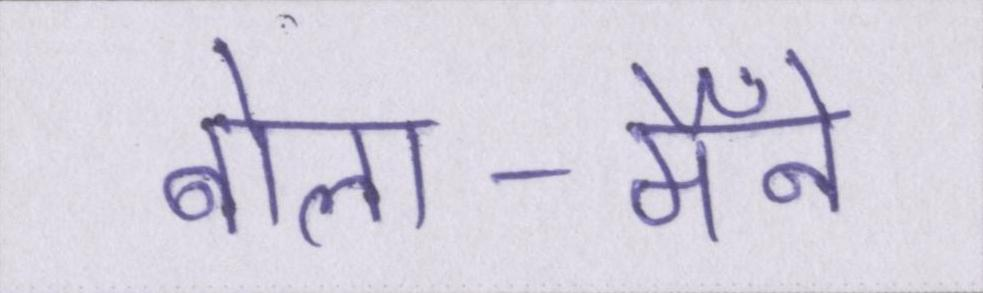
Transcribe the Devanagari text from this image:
बोला-मैँने